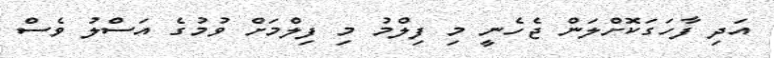
އަދި ފާހަގަކޮށްލަން ޖެހެނީ މި ފިލްމު މި ފިލްމަށް ވުމުގެ އަސްލު ވެސް